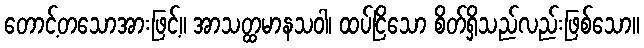
တောင့်တသောအားဖြင့်။ အာသတ္ထမာနသဝါ၊ ထပ်ငြိသော စိတ်ရှိသည်လည်းဖြစ်သော။